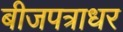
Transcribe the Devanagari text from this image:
बीजपत्राधर